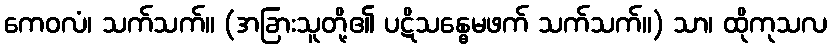
ကေဝလံ၊ သက်သက်။ (အခြားသူတို့၏ ပဋိသန္ဓေမဖက် သက်သက်။) သာ၊ ထိုကုသလ